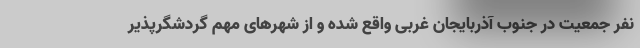
نفر جمعیت در جنوب آذربایجان غربی واقع شده و از شهرهای مهم گردشگرپذیر